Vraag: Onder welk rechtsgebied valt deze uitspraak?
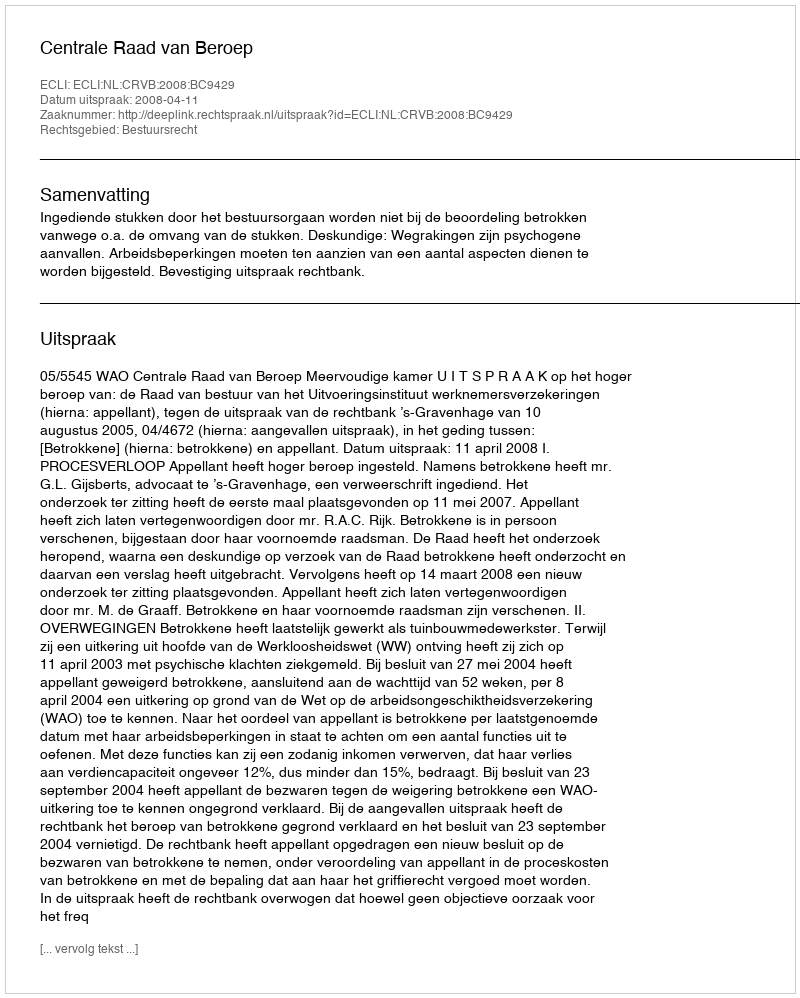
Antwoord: Bestuursrecht